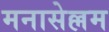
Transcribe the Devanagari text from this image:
मनासेल्लम